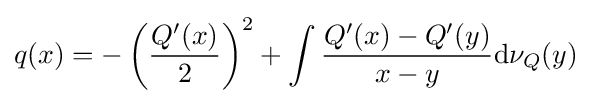
q(x)=-\left({\frac {Q'(x)}{2}}\right)^{2}+\int {\frac {Q'(x)-Q'(y)}{x-y}}\mathrm {d} \nu _{Q}(y)